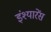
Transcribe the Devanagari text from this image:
इंश्यारेंस